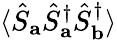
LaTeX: \langle\hat{S}_{\mathbf{a}}\hat{S}_{\mathbf{a}}^{\dagger}\hat{S}_{\mathbf{b}}^{\dagger}\rangle